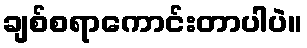
ချစ်စရာကောင်းတာပါပဲ။